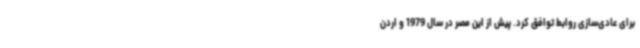
برای عادی‌سازی روابط توافق کرد. پیش از این مصر در سال 1979 و اردن